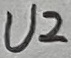
Text: U2